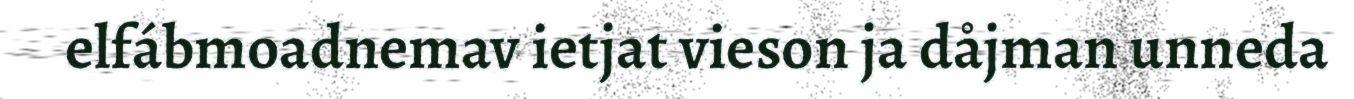
elfábmoadnemav ietjat vieson ja dåjman unneda